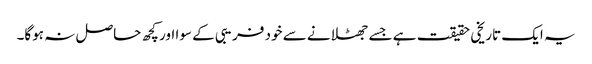
یہ ایک تاریخی حقیقت ہے جسے جھٹلانے سے خود فریبی کے سوا اور کچھ حاصل نہ ہوگا۔